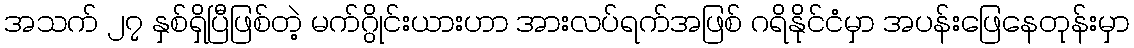
အသက် ၂၇ နှစ်ရှိပြီဖြစ်တဲ့ မက်ဂွိုင်းယားဟာ အားလပ်ရက်အဖြစ် ဂရိနိုင်ငံမှာ အပန်းဖြေနေတုန်းမှာ